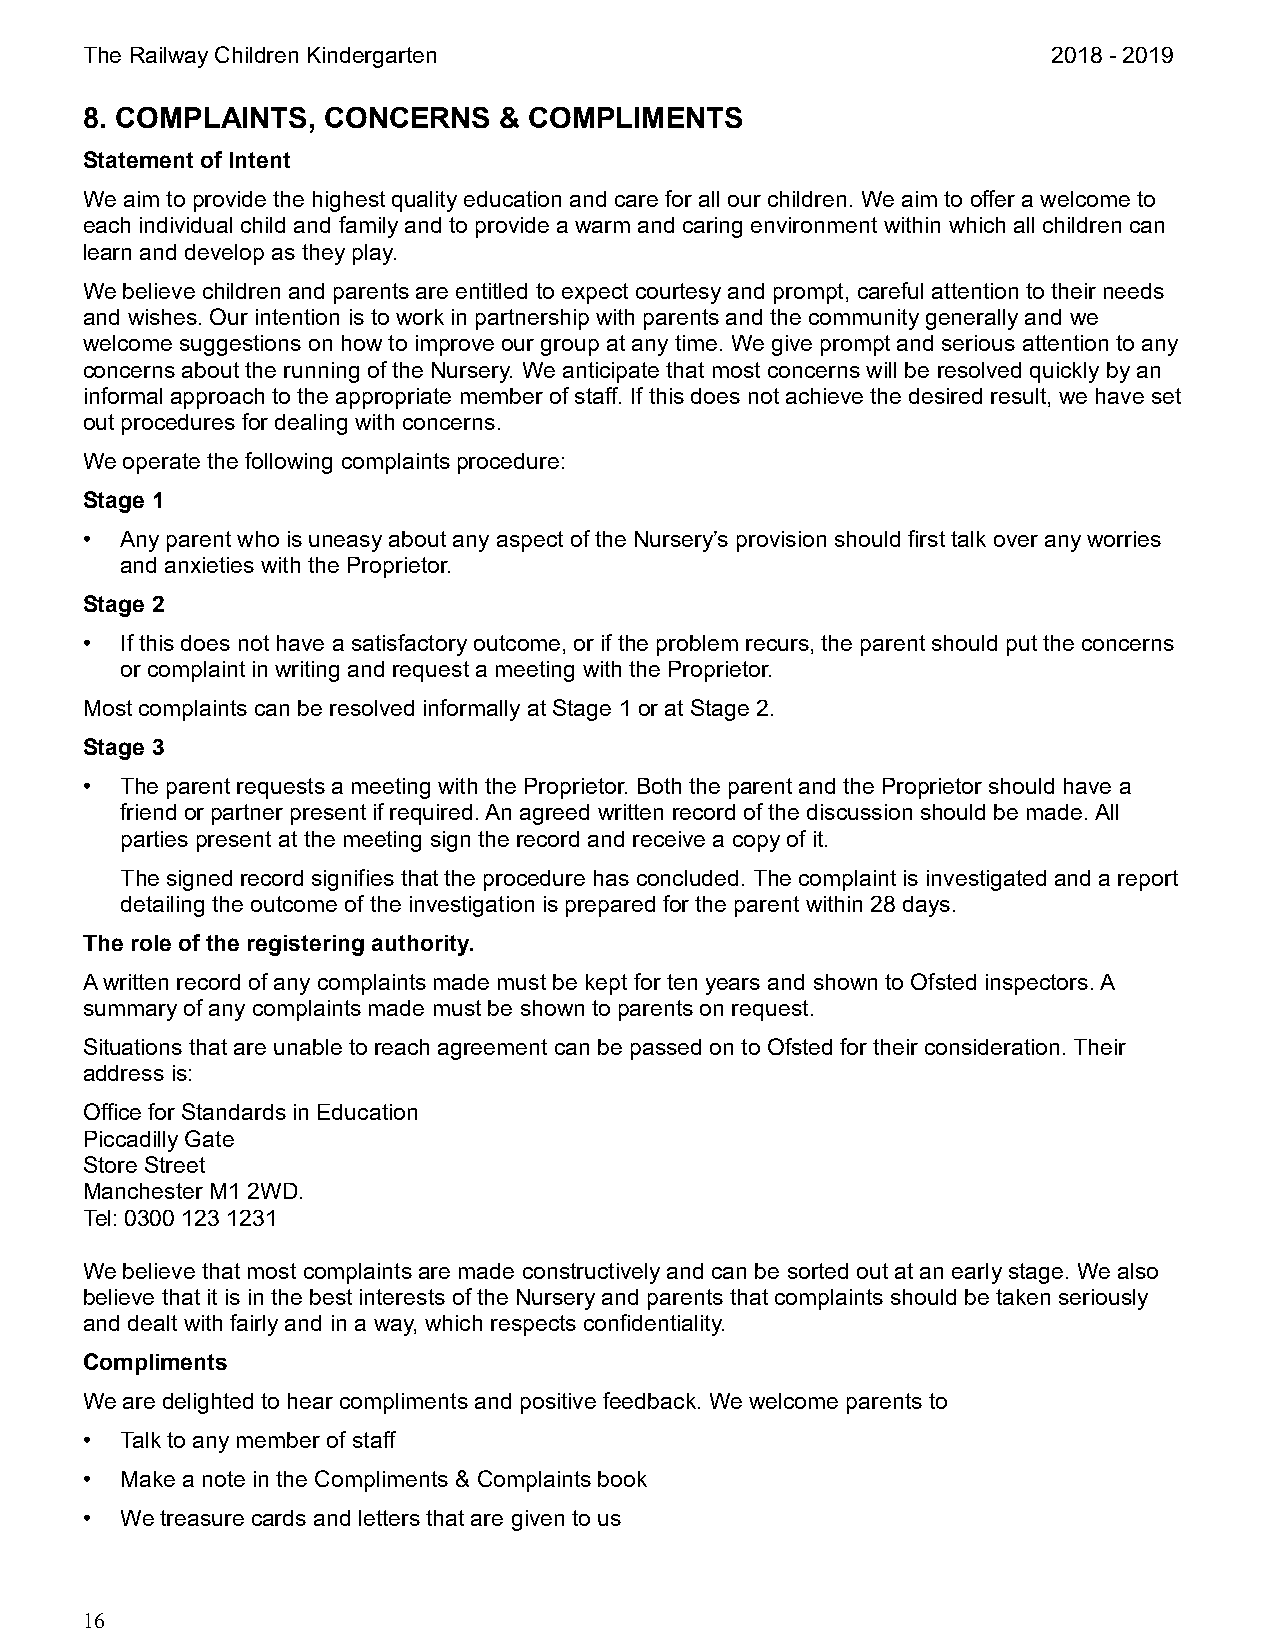
The Railway Children Kindergarten                                2018 - 2019
 8. COMPLAINTS,  CONCERNS    & COMPLIMENTS
 Statement of Intent
 We aim to provide the highest quality education and care for all our children. We aim to offer a welcome to
 each individual child and family and to provide a warm and caring environment within which all children can
 learn and develop as they play.
 We believe children and parents are entitled to expect courtesy and prompt, careful attention to their needs
 and wishes. Our intention is to work in partnership with parents and the community generally and we
 welcome suggestions on how to improve our group at any time. We give prompt and serious attention to any
 concerns about the running of the Nursery. We anticipate that most concerns will be resolved quickly by an
 informal approach to the appropriate member of staff. If this does not achieve the desired result, we have set
 out procedures for dealing with concerns.
 We operate the following complaints procedure:
 Stage 1
 •  Any parent who is uneasy about any aspect of the Nursery’s provision should first talk over any worries
 and anxieties with the Proprietor.
 Stage 2
 •  If this does not have a satisfactory outcome, or if the problem recurs, the parent should put the concerns
 or complaint in writing and request a meeting with the Proprietor.
 Most complaints can be resolved informally at Stage 1 or at Stage 2.
 Stage 3
 •  The parent requests a meeting with the Proprietor. Both the parent and the Proprietor should have a
 friend or partner present if required. An agreed written record of the discussion should be made. All
 parties present at the meeting sign the record and receive a copy of it.
 The signed record signifies that the procedure has concluded. The complaint is investigated and a report
 detailing the outcome of the investigation is prepared for the parent within 28 days.
 The role of the registering authority.
 A written record of any complaints made must be kept for ten years and shown to Ofsted inspectors. A
 summary of any complaints made must be shown to parents on request.
 Situations that are unable to reach agreement can be passed on to Ofsted for their consideration. Their
 address is:
 Office for Standards in Education
 Piccadilly Gate
 Store Street
 Manchester M1 2WD.
 Tel: 0300 123 1231
 We believe that most complaints are made constructively and can be sorted out at an early stage. We also
 believe that it is in the best interests of the Nursery and parents that complaints should be taken seriously
 and dealt with fairly and in a way, which respects confidentiality.
 Compliments
 We are delighted to hear compliments and positive feedback. We welcome parents to
 •  Talk to any member of staff
 •  Make a note in the Compliments & Complaints book
 •  We treasure cards and letters that are given to us
 16